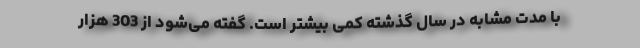
با مدت مشابه در سال گذشته کمی بیشتر است. گفته می‌شود از 303 هزار